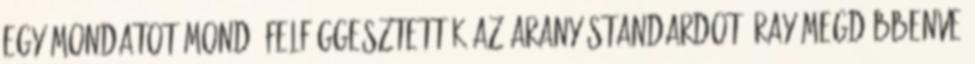
egy mondatot mond: felfüggesztették az arany standardot. Ray megdöbbenve